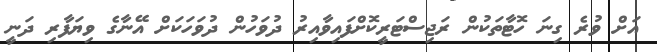
އަށް ވުރެ ގިނަ ހޮޓާތަކުން ރަޖިސްޓަރީކޮށްފައިވާއިރު ދުވަހުން ދުވަހަކަށް އޭނާގެ ވިޔަފާރި ދަނީ